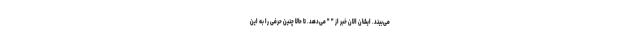
می‌بیند. ایشان الان خبر از " " می‌دهد. تا حالا چنین حرفی را به این